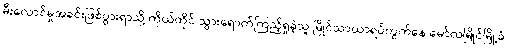
မီးလောင်မှုအခင်းဖြစ်ပွားရာသို့ ကိုယ်တိုင် သွားရောက်ကြည့်ရှုခဲ့သူ မြိုင်သာယာရပ်ကွက်နေ မော်လမြိုင်မြို့ခံ